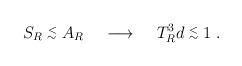
LaTeX: \begin{align*}S_R \stackrel{<}{_\sim} A_R \; \; \; \; \longrightarrow \; \; \; \; T_R^3 d \stackrel{<}{_\sim} 1 \; .\end{align*}